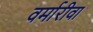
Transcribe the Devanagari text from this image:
वर्मारीवा